King Institute of Preventive Medicine Micro-Biological Section reports 1912-19
Year: 1912
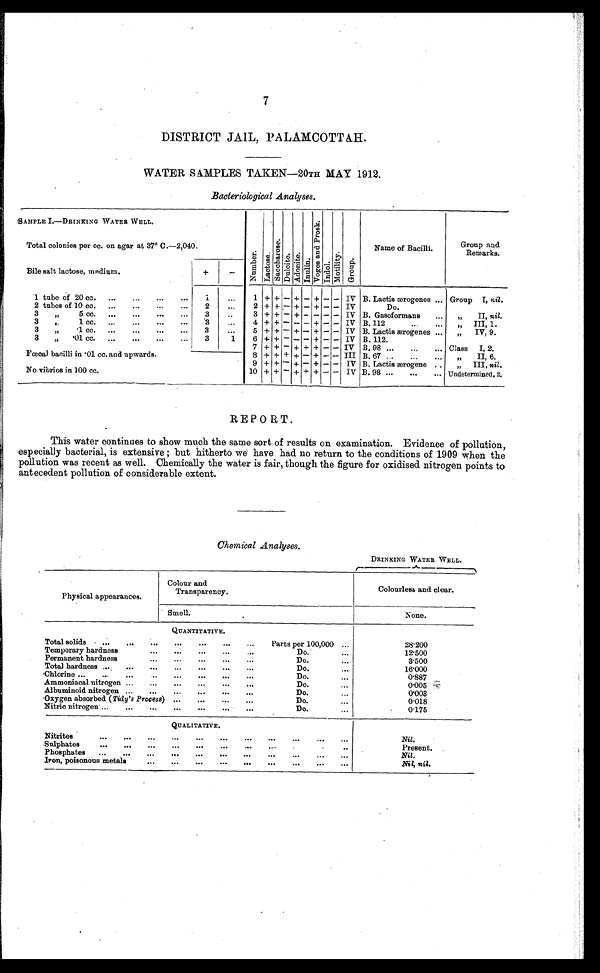
7
DISTRICT JAIL, PALAMCOTTAH.
WATER SAMPLES TAKEN—20TH MAY 1912.
Bacteriological Analyses.
REPORT.
This water continues to show much the same sort of results on examination. Evidence of pollution,
especially bacterial, is extensive; but hitherto we have had no return to the conditions of 1909 when the
pollution was recent as well. Chemically the water is fair, though the figure for oxidised nitrogen points to
antecedent pollution of considerable extent.
Chemical Analyses.